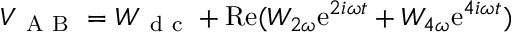
V _ { \mathrm { ~ A ~ B ~ } } = W _ { \mathrm { ~ d ~ c ~ } } + \mathrm { R e } ( W _ { 2 \omega } \mathrm { e } ^ { 2 i \omega t } + W _ { 4 \omega } \mathrm { e } ^ { 4 i \omega t } )